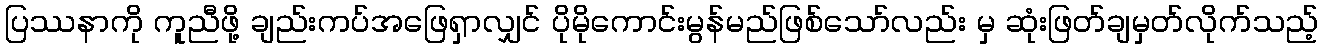
ပြဿနာကို ကူညီဖို့ ချည်းကပ်အဖြေရှာလျှင် ပိုမိုကောင်းမွန်မည်ဖြစ်သော်လည်း မှ ဆုံးဖြတ်ချမှတ်လိုက်သည့်